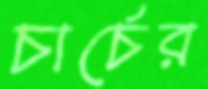
চার্চের